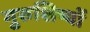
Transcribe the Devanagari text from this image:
गुरुशिष्यों